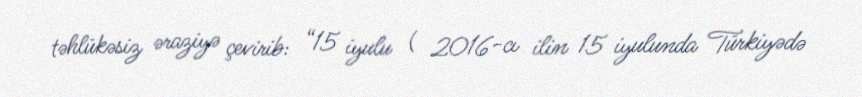
təhlükəsiz əraziyə çevirib: “15 iyulu ( 2016-cı ilin 15 iyulunda Türkiyədə